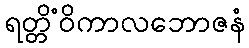
ရတ္တိံဝိကာလဘောဇနံ